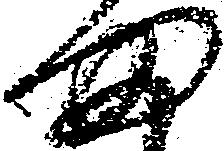
ま